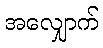
အလျှောက်